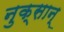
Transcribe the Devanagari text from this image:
नुक्सान्